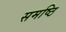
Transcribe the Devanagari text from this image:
समष्ठि